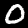
Digit: 0